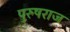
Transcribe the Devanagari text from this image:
पुरुषराज